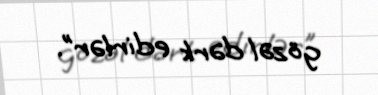
gözəl dərk edirlər”.